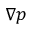
\nabla p